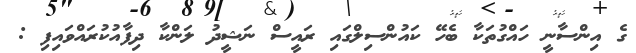
ގެ އިންސާނީ ހައްގުތަކާ ބެހޭ ކައުންސިލްގައި ރައީސް ނަޝީދު ލަންކާ ދިފާއުކުރައްވައިފި :